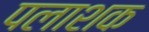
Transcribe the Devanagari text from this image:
पलाशक